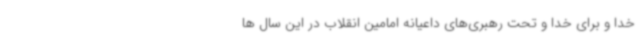
خدا و برای خدا و تحت رهبری‌های داعیانه امامین انقلاب در این سال ها